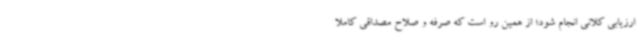
ارزیابی کلانی انجام شود؛ از همین رو است که صرفه و صلاح مصداقی کاملا